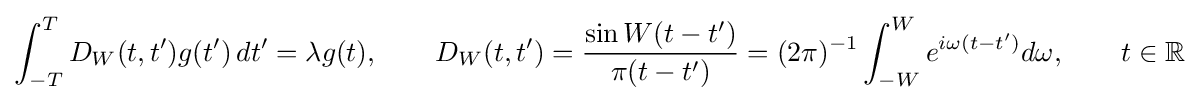
\int _{-T}^{T}D_{W}(t,t')g(t')\,dt'=\lambda g(t),\qquad D_{W}(t,t')={\frac {\sin W(t-t')}{\pi (t-t')}}=(2\pi )^{-1}\int _{-W}^{W}e^{i\omega (t-t')}d\omega ,\qquad t\in \mathbb {R}